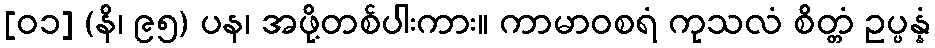
[၀၁] (နိ၊ ၉၅) ပန၊ အဖို့တစ်ပါးကား။ ကာမာဝစရံ ကုသလံ စိတ္တံ ဥပ္ပန္နံ